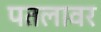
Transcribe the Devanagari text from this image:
पतलावर